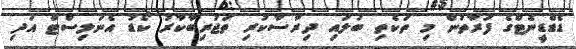
ޑެޑްޑީނެޓްގެ ފަރާތުން މި ތަކެތި ބަލައި ދިރާސާކުރި ތަޖުރިބާކާރު ކޯޑު އެނަލިސްޓް އަދި